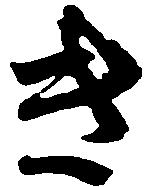
き